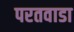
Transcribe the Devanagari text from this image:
परतवाडा